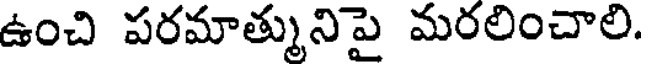
ఉంచి పరమాత్మునిపై మరలించాలి.